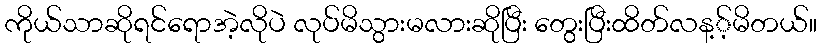
ကိုယ်သာဆိုရင်ရောအဲ့လိုပဲ လုပ်မိသွားမလားဆိုပြီး တွေးပြီးထိတ်လန့့်မိတယ်။